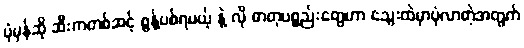
ပုံမှန်ဆို ဆီးကတစ်ဆင့် စွန့်ပစ်ရမယ့် နဲ့ လို ဓာတုပစ္စည်းတွေဟာ သွေးထဲမှာပုံလာတဲ့အတွက်